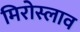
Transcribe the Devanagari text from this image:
मिरोस्लाव